Vaccine operations Central Provinces 1868-1885 - 1868-1885
Year: 1868
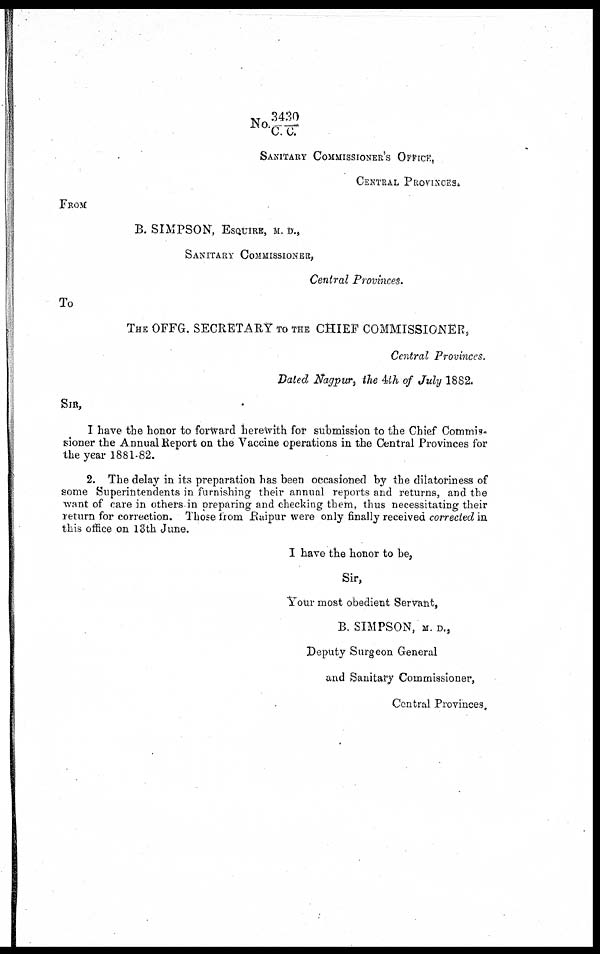
No.3430/C. C.
SANITARY COMMISSIONER' S OFFICE,
CENTRAL PROVINCES.
FROM
B. SIMPSON, ESQUIRE, M. D.,
SANITARY COMMISSIONER,
Central Provinces.
To
THE OFFG. SECRETARY TO THE CHIEF COMMISSIONER,
Central Provinces.
Dated Nagpur, the 4th of July 1882.
SIR,
I have the honor to forward herewith for submission to the Chief Commis-
sioner the Annual Report on the Vaccine operations in the Central Provinces for
the year 1881-82.
2. The delay in its preparation has been occasioned by the dilatoriness of
some Superintendents in furnishing their annual reports and returns, and the
want of care in others in preparing and checking them, thus necessitating their
return for correction. Those from Raipur were only finally received corrected in
this office on 13th June.
I have the honor to be,
Sir,
Your most obedient Servant,
B. SIMPSON, M. D.,
Deputy Surgeon General
and Sanitary Commissioner,
Central Provinces.